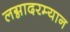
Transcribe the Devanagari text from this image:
लग्नादरम्यान